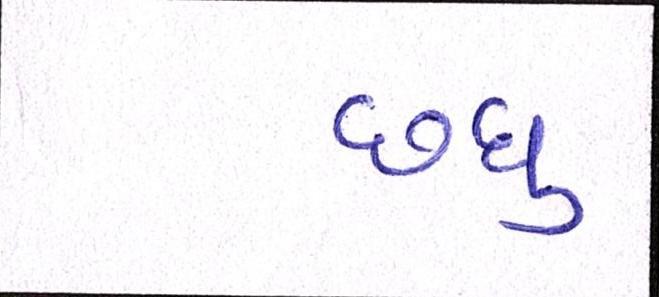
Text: છધુ